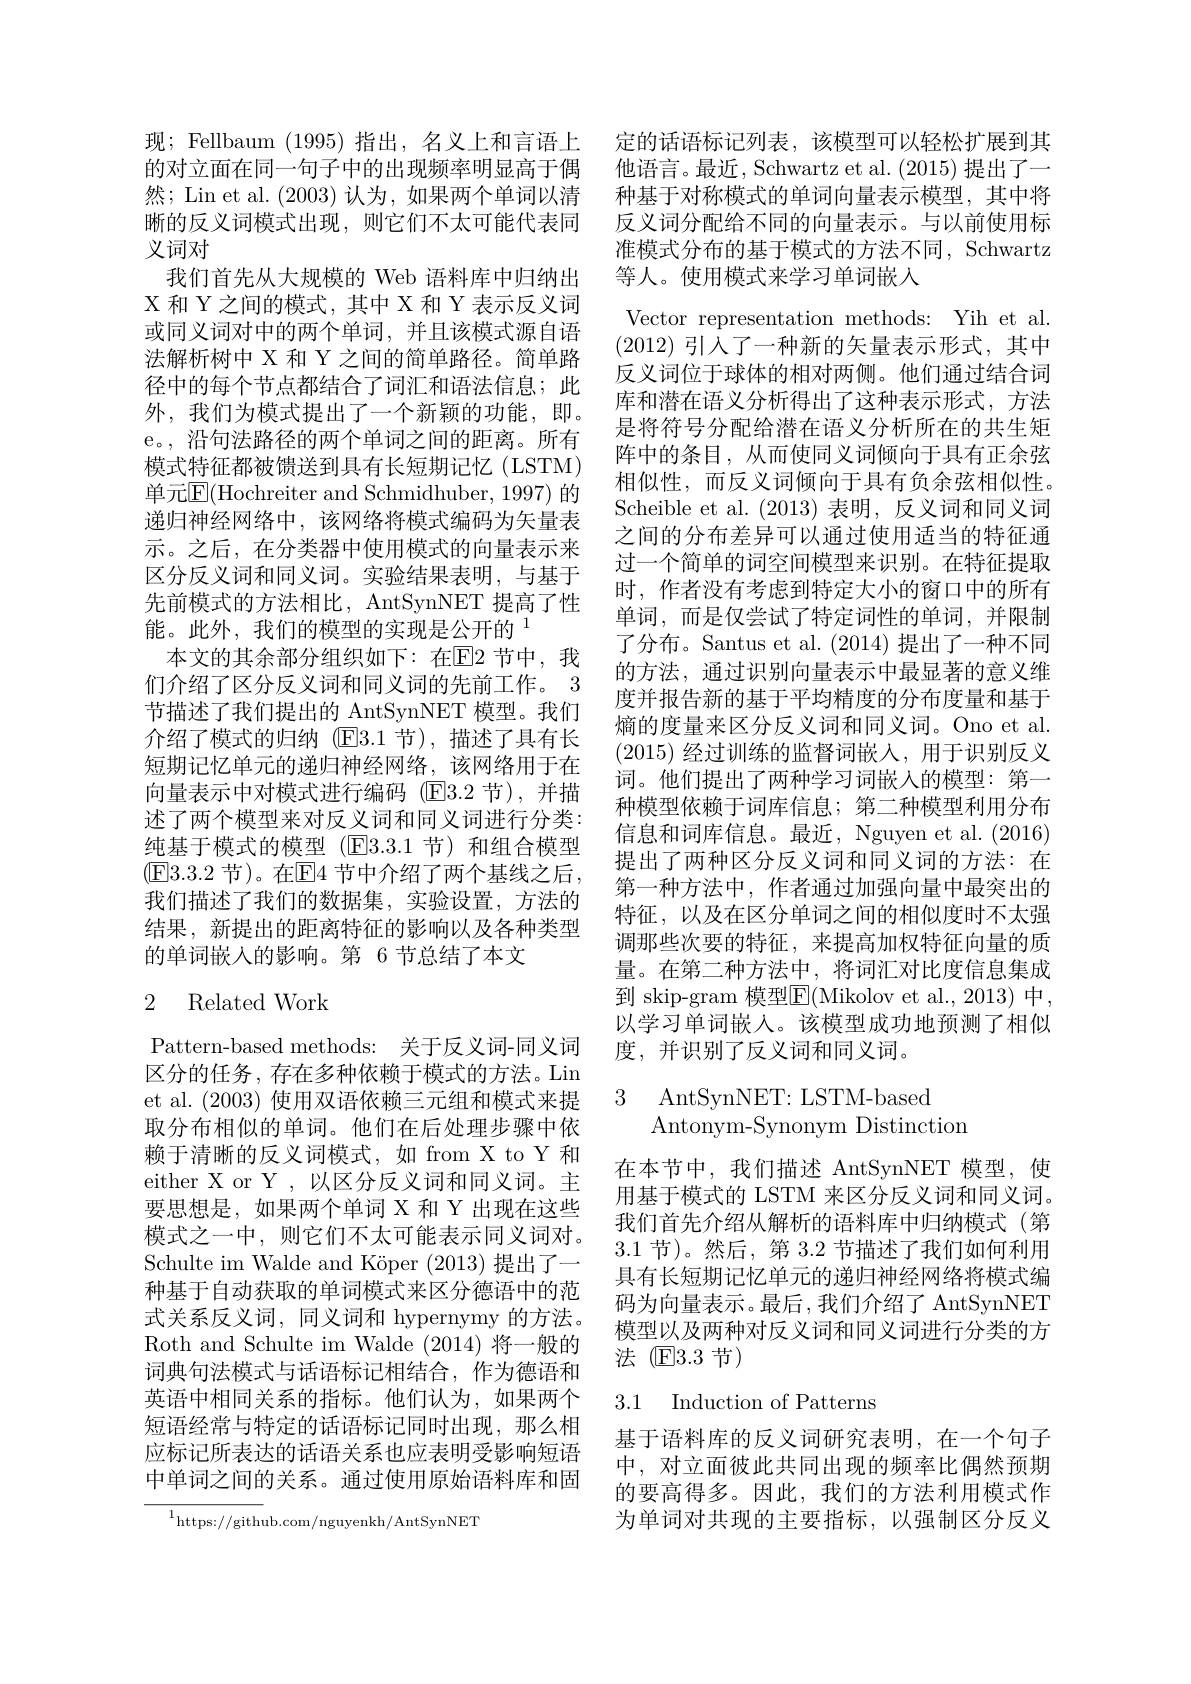
现；Fellbaum (1995)指出，名义上和言语上 定的话语标记列表，该模型可以轻松扩展到其的对立面在同一句子中的出现频率明显高于偶 他语言。最近，Schwartzet al.(2015)提出了一然；Lin et al. (2003)认为，如果两个单词以清晰的反义词模式出现，则它们不太可能代表同义词对
我们首先从大规模的 Web 语料库中归纳出X 和 Y 之间的模式，其中 X 和 Y 表示反义词或同义词对中的两个单词，并且该模式源自语法解析树中 X 和 Y 之间的简单路径。简单路径中的每个节点都结合了词汇和语法信息；此外，我们为模式提出了一个新颖的功能，即。e。, 沿句法路径的两个单词之间的距离。所有模式特征都被馈送到具有长短期记忆(LSTM) 单元E|(Hochreiter and Schmidhuber, 1997) 的递归神经网络中，该网络将模式编码为矢量表示。之后，在分类器中使用模式的向量表示来区分反义词和同义词。实验结果表明，与基于先前模式的方法相比，AntSynNET 提高了性能。此外，我们的模型的实现是公开的$^{1}$
本文的其余部分组织如下：在E|2 节中，我们介绍了区分反义词和同义词的先前工作。3节描述了我们提出的 AntSynNET 模型。我们介绍了模式的归纳 ($\mathbb{E}3.1$节),描述了具有长短期记忆单元的递归神经网络，该网络用于在向量表示中对模式进行编码(El3.2 节),并描述了两个模型来对反义词和同义词进行分类： 纯基于模式的模型(E3.3.1节)和组合模型(E3.3.2 节)。在E4 节中介绍了两个基线之后， 我们描述了我们的数据集，实验设置，方法的结果，新提出的距离特征的影响以及各种类型的单词嵌入的影响。第 6 节总结了本文

## 2 Related Work

Pattern-based methods: 关于反义词-同义词区分的任务，存在多种依赖于模式的方法。Lin et al. (2003)使用双语依赖三元组和模式来提取分布相似的单词。他们在后处理步骤中依赖于清晰的反义词模式，如 from X to Y 和either X or Y ,以区分反义词和同义词。主要思想是，如果两个单词 X 和 Y 出现在这些模式之一中，则它们不太可能表示同义词对。Schulte im Walde and Köper (2013)提出了一种基于自动获取的单词模式来区分德语中的范式关系反义词，同义词和 hypernymy 的方法。Roth and Schulte im Walde (2014)将一般的词典句法模式与话语标记相结合，作为德语和英语中相同关系的指标。他们认为，如果两个短语经常与特定的话语标记同时出现，那么相应标记所表达的话语关系也应表明受影响短语中单词之间的关系。通过使用原始语料库和固

$^{1}$https://github.com/nguyenkh/AntSynNET

种基于对称模式的单词向量表示模型，其中将反义词分配给不同的向量表示。与以前使用标准模式分布的基于模式的方法不同，Schwartz 等人。使用模式来学习单词嵌入
Vector representation methods: Yih et al. (2012)引入了一种新的矢量表示形式，其中反义词位于球体的相对两侧。他们通过结合词库和潜在语义分析得出了这种表示形式，方法是将符号分配给潜在语义分析所在的共生矩阵中的条目，从而使同义词倾向于具有正余弦相似性，而反义词倾向于具有负余弦相似性。Scheible et al.(2013)表明，反义词和同义词之间的分布差异可以通过使用适当的特征通过一个简单的词空间模型来识别。在特征提取时，作者没有考虑到特定大小的窗口中的所有单词，而是仅尝试了特定词性的单词，并限制了分布。Santus et al. (2014)提出了一种不同的方法，通过识别向量表示中最显著的意义维度并报告新的基于平均精度的分布度量和基于熵的度量来区分反义词和同义词。Ono et al. (2015)经过训练的监督词嵌入，用于识别反义词。他们提出了两种学习词嵌入的模型：第一种模型依赖于词库信息；第二种模型利用分布信息和词库信息。最近，Nguyen et al. (2016) 提出了两种区分反义词和同义词的方法：在第一种方法中，作者通过加强向量中最突出的特征，以及在区分单词之间的相似度时不太强调那些次要的特征，来提高加权特征向量的质量。在第二种方法中，将词汇对比度信息集成到 skip-gram 模型$\boxed{\mathrm{F}}($Mikolov et al.,2013) 中， 以学习单词嵌入。该模型成功地预测了相似度，并识别了反义词和同义词。

3 AntSynNET: LSTM-based
Antonym- Synonym Distinction

在本节中，我们描述 AntSynNET 模型，使用基于模式的 LSTM 来区分反义词和同义词。我们首先介绍从解析的语料库中归纳模式(第3.1节)。然后，第 3.2 节描述了我们如何利用具有长短期记忆单元的递归神经网络将模式编码为向量表示。最后，我们介绍了 AntSynNET 模型以及两种对反义词和同义词进行分类的方法 $\textcircled{\mathrm{E}}3.3$节)

## 3.1 Induction of Patterns

基于语料库的反义词研究表明，在一个句子中，对立面彼此共同出现的频率比偶然预期的要高得多。因此，我们的方法利用模式作为单词对共现的主要指标，以强制区分反义